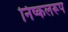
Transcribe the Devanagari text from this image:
निष्कलरूप